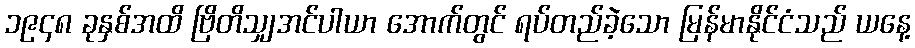
၁၉၄၈ ခုနှစ်အထိ ဗြိတိသျှအင်ပါယာ အောက်တွင် ရပ်တည်ခဲ့သော မြန်မာနိုင်ငံသည် ယနေ့